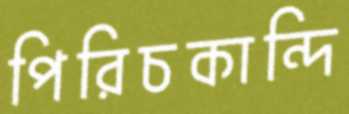
পিরিচকান্দি